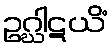
ဥဂ္ဃါဋယိံ